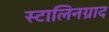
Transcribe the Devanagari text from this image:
स्टालिनग्राद